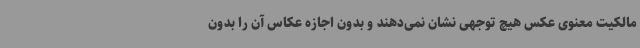
مالکیت معنوی عکس هیچ توجهی نشان نمی‌دهند و بدون اجازه عکاس آن را بدون